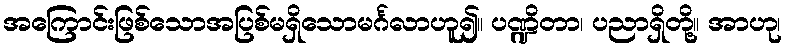
အကြောင်းဖြစ်သောအပြစ်မရှိသောမင်္ဂလာဟူ၍။ ပဏ္ဍိတာ၊ ပညာရှိတို့။ အာဟု၊